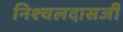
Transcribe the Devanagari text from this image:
निश्चलदासजी